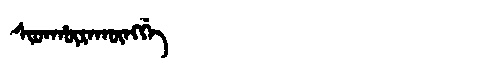
Manchu: ᠰᡳᡨᡥᡡᡵᠠᡴᡡᠩᡤᡝ
Romanization: SITHŪRAKŪNGGE